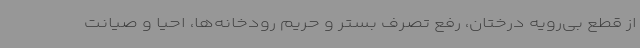
از قطع بی‌رویه درختان، رفع تصرف بستر و حریم رودخانه‌ها، احیا و صیانت